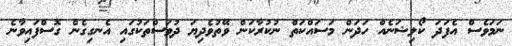
ނަމަވެސް އެފަދަ ކޯލިޝަނެއް ހަދަން މަސައްކަތް ނުކުރާކަން ވޭތުވެދިޔަ ދުވަސްތަކުގައި އެނގިގެން ގޮސްފައިވާނެ